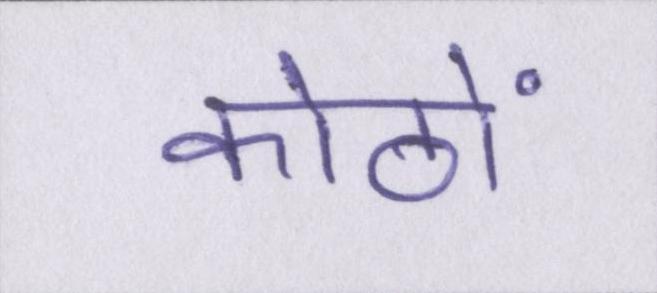
कोठों